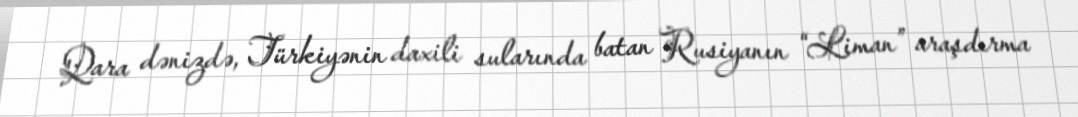
Qara dənizdə, Türkiyənin daxili sularında batan Rusiyanın “Liman” araşdırma